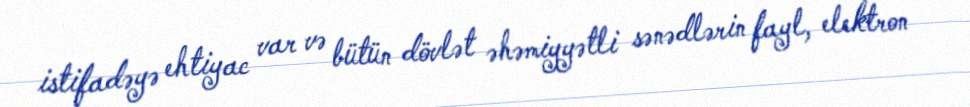
istifadəyə ehtiyac var və bütün dövlət əhəmiyyətli sənədlərin fayl, elektron